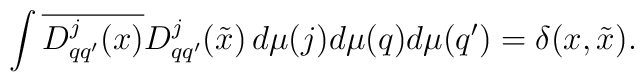
\int \overline{D_{qq^{\prime }}^{j}(x)}D_{qq^{\prime }}^{j}(\tilde{x})\,d\mu(j)d\mu (q)d\mu (q^{\prime })=\delta (x,\tilde{x}).